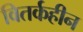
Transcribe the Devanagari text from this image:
वितर्कहीन